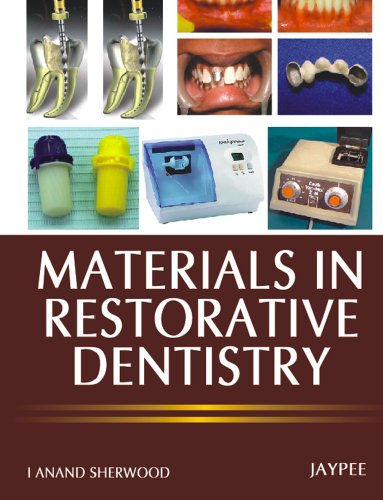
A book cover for Materials in Restorative Dentistry; Sherwood; Medical Books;